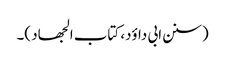
(سنن ابی داؤد، کتاب الجھاد )۔